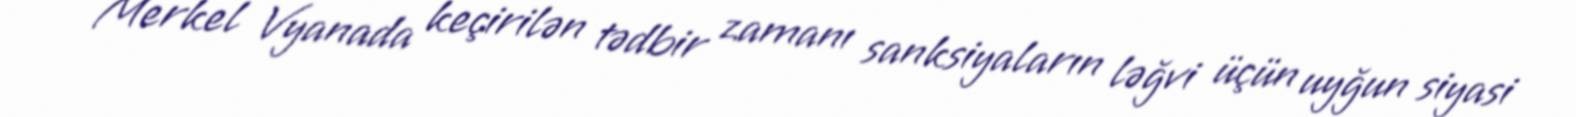
Merkel Vyanada keçirilən tədbir zamanı sanksiyaların ləğvi üçün uyğun siyasi